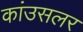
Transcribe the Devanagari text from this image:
कांउसलर